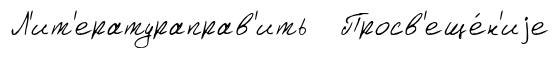
Л'ит'ератураправ'ить Просв'еще́н'иjе